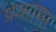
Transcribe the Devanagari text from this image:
प्रकाषन